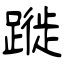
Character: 蹝